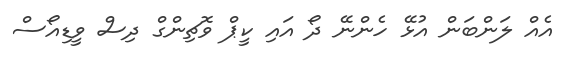
އެއް ލަންބަން އުޅޭ ހެންނޭ ދޯ އައި ކީޕް ވޮޗިންގް ދިސް ވީޑިއޯސް